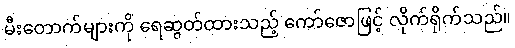
မီးတောက်များကို ရေဆွတ်ထားသည့် ကော်ဇောဖြင့် လိုက်ရိုက်သည်။